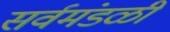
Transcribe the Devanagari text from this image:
सर्वमंडळी